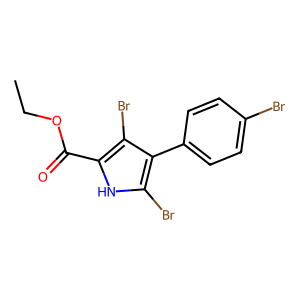
SMILES: CCOC(=O)c1[nH]c(Br)c(-c2ccc(Br)cc2)c1Br
Inhibits HIV replication: No